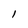
Character: 1